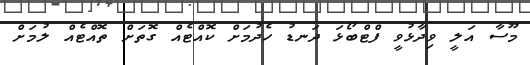
މޫސާ އަލީ ވިދާޅުވީ ފްޓްބޯޅަ ދަނޑު ހެދުމަށް ކޮއްޓެއް ގޮތަށް ތޮއްޓެއް ލުމަށް